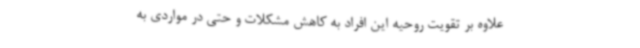
علاوه بر تقویت روحیه این افراد به کاهش مشکلات و حتی در مواردی به